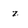
Character: z